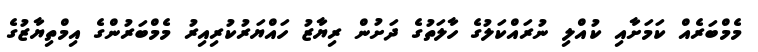
މެމްބަރެއް ކަމަށާއި ކުއްލި ނުރައްކަލުގެ ހާލަތުގެ ދަށުން ރިޔާޒު ހައްޔަރުކުރިއިރު މެމްބަރުންގެ އިމްތިޔާޒުގެ